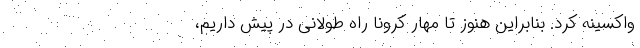
واکسینه کرد. بنابراین هنوز تا مهار کرونا راه طولانی در پیش داریم،